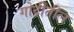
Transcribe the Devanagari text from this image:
गोद्रीतील